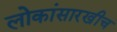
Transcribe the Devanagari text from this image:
लोकांसारखीच